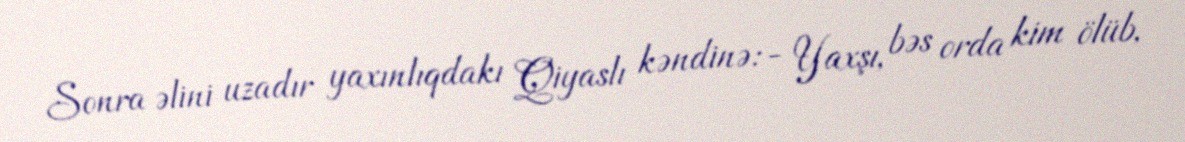
Sonra əlini uzadır yaxınlıqdakı Qiyaslı kəndinə:- Yaxşı, bəs orda kim ölüb,